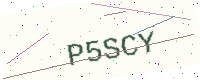
Text: P5SCY